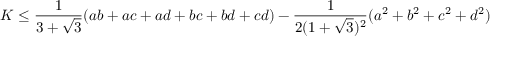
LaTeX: K \leq { \frac { 1 } { 3 + { \sqrt { 3 } } } } ( a b + a c + a d + b c + b d + c d ) - { \frac { 1 } { 2 ( 1 + { \sqrt { 3 } } ) ^ { 2 } } } ( a ^ { 2 } + b ^ { 2 } + c ^ { 2 } + d ^ { 2 } )